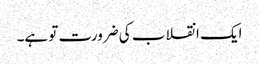
ایک انقلاب کی ضرورت تو ہے۔